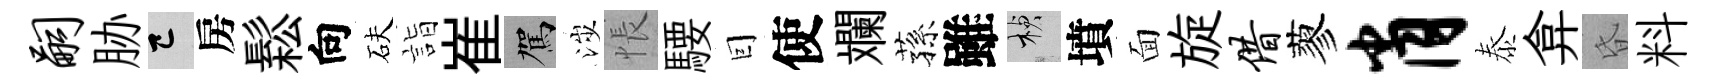
嗣胁巳房鬆向砆詣崔駕涉悵騕囙使斕蓀雖楨墳面旋借蓼肖泰弇昏料